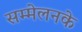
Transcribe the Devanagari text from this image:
सम्मेलनके